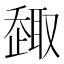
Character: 𠮋